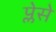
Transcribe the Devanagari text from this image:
प्लेसे